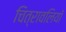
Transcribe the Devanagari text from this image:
चित्रावलियाँ